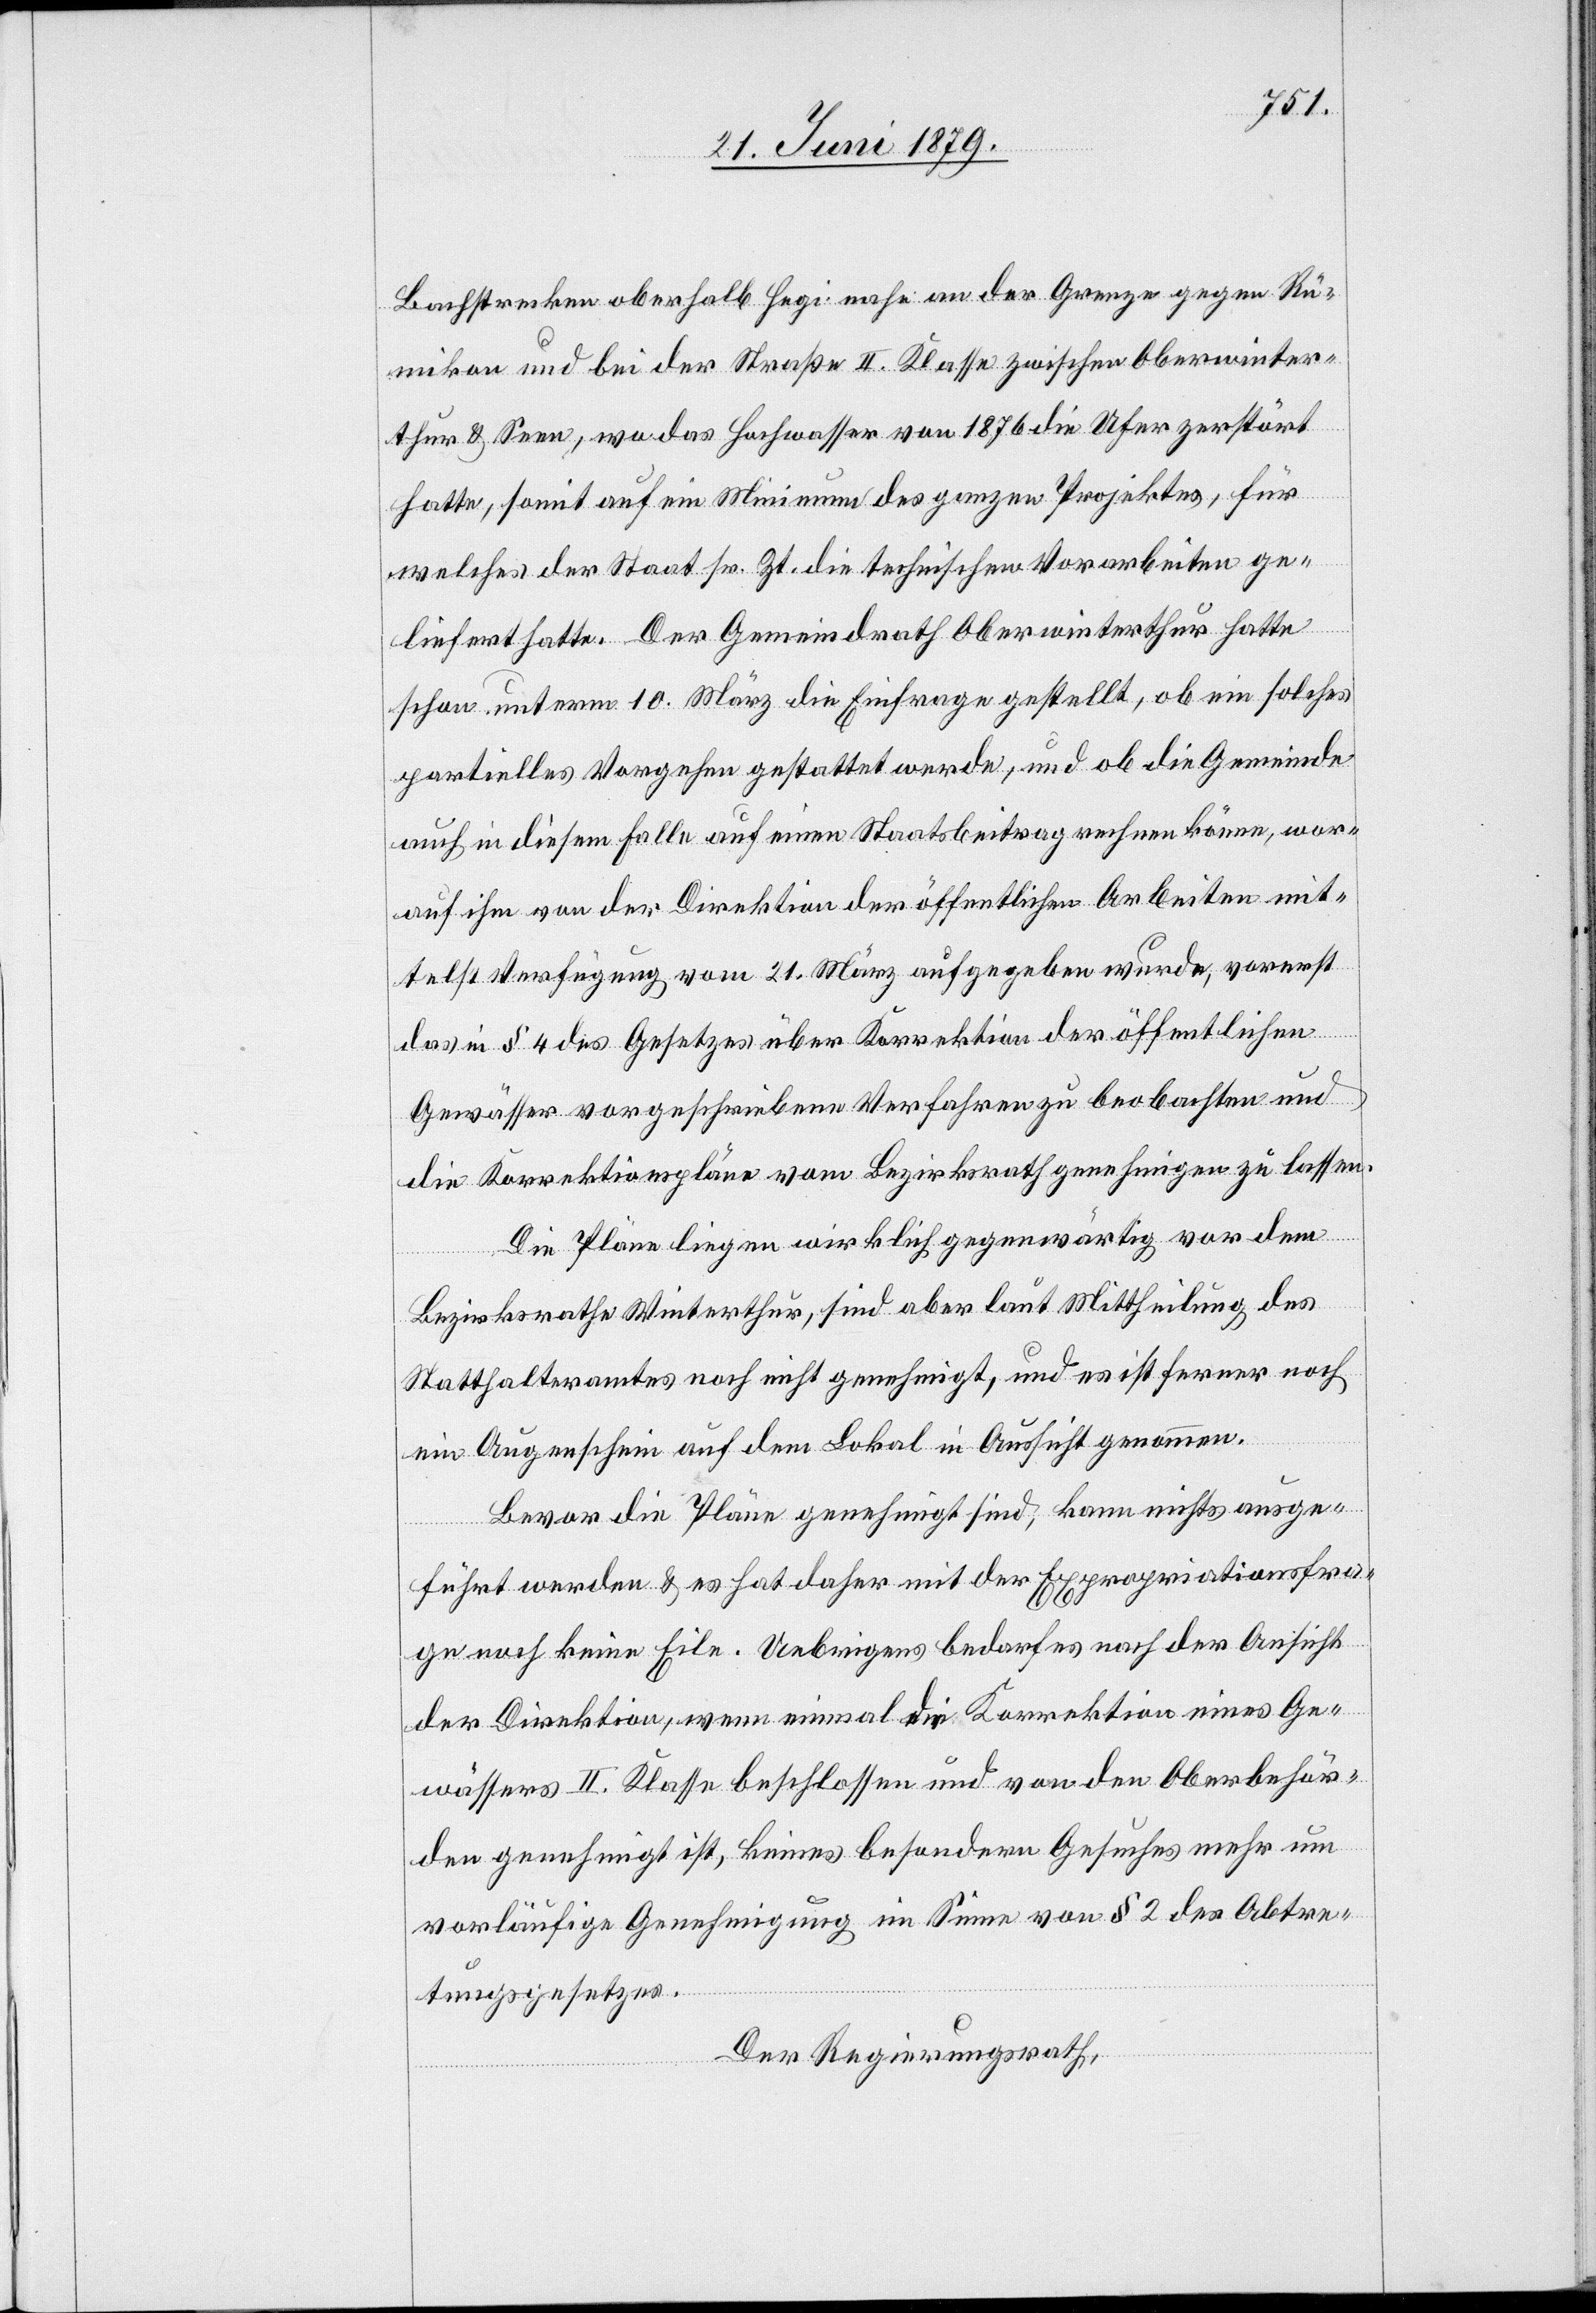
Bachstrecken oberhalb Hegi nahe an der Grenze gegen Rü¬
mikon und bei der Straße II. Klasse zwischen Oberwinter¬
thur & Seen, wo das Hochwasser von 1876 die Ufer zerstört
hatte, somit auf ein Minimum des ganzen Projektes, für
welches der Staat sr. Zt. die technischen Vorarbeiten ge¬
liefert hatte. Der Gemeindrath Oberwinterthur hatte
schon unterm 10. März die Einfrage gestellt, ob ein solches
partielles Vorgehen gestattet werde, und ob die Gemeinde
auch in diesem Falle auf einen Staatsbeitrag rechnen könne, wor¬
auf ihm von der Direktion der öffentlichen Arbeiten mit¬
telst Verfügung vom 21. März aufgegeben wurde, vorerst
das in § 4 des Gesetzes über Korrektion der öffentlichen
Gewässer vorgeschriebene Verfahren zu beobachten und
die Korrektionspläne vom Bezirksrath genehmigen zu lassen.
Die Pläne liegen wirklich gegenwärtig vor dem
Bezirksrathe Winterthur, sind aber laut Mittheilung des
Statthalteramtes noch nicht genehmigt, und es ist ferner noch
ein Augenschein auf dem Lokal in Aussicht genommen.
Bevor die Pläne genehmigt sind, kann nichts ausge¬
führt werden & es hat daher mit der Expropriationsfra¬
ge noch keine Eile. Uebrigens bedarf es nach der Ansicht
der Direktion, wenn einmal die Korrektion eines Ge¬
wässers II. Klasse beschlossen und von den Oberbehör¬
den genehmigt ist, keines besondern Gesuches mehr um
vorläufige Genehmigung im Sinne von § 2 des Abtre¬
tungsgesetzes.
Der Regierungsrath,